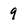
Character: 9